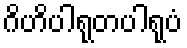
ဂိဟိပါရုတပါရုပံ